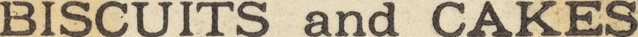
BISCUITS and CAKES